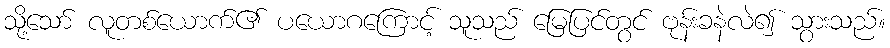
သို့သော် လူတစ်ယောက်၏ ပယောဂကြောင့် သူသည် မြေပြင်တွင် ဗုန်းခနဲလဲ၍ သွားသည်။